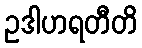
ဥဒါဟရတီတိ